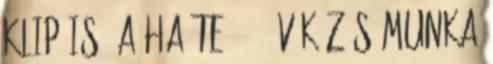
klip is. A Ha te. 13 év közös munka